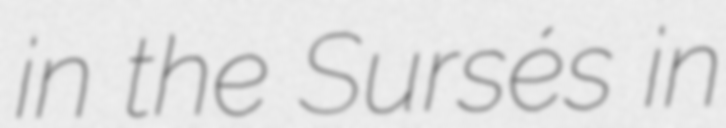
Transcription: in the Sursés in